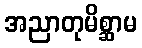
အညာတုမိစ္ဆာမ